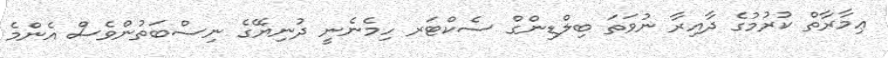
ޢިމާރާތް ކުރުމުގެ ދާއިރާ ނުވަތަ ބިލްޑިންގް ސެކްޓަރ ހިމެނެނީ ދުނިޔޭގެ ނިސްބަތުންވެސް އެންމެ